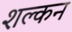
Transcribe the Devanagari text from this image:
शल्‍कन